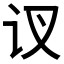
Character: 𲂃